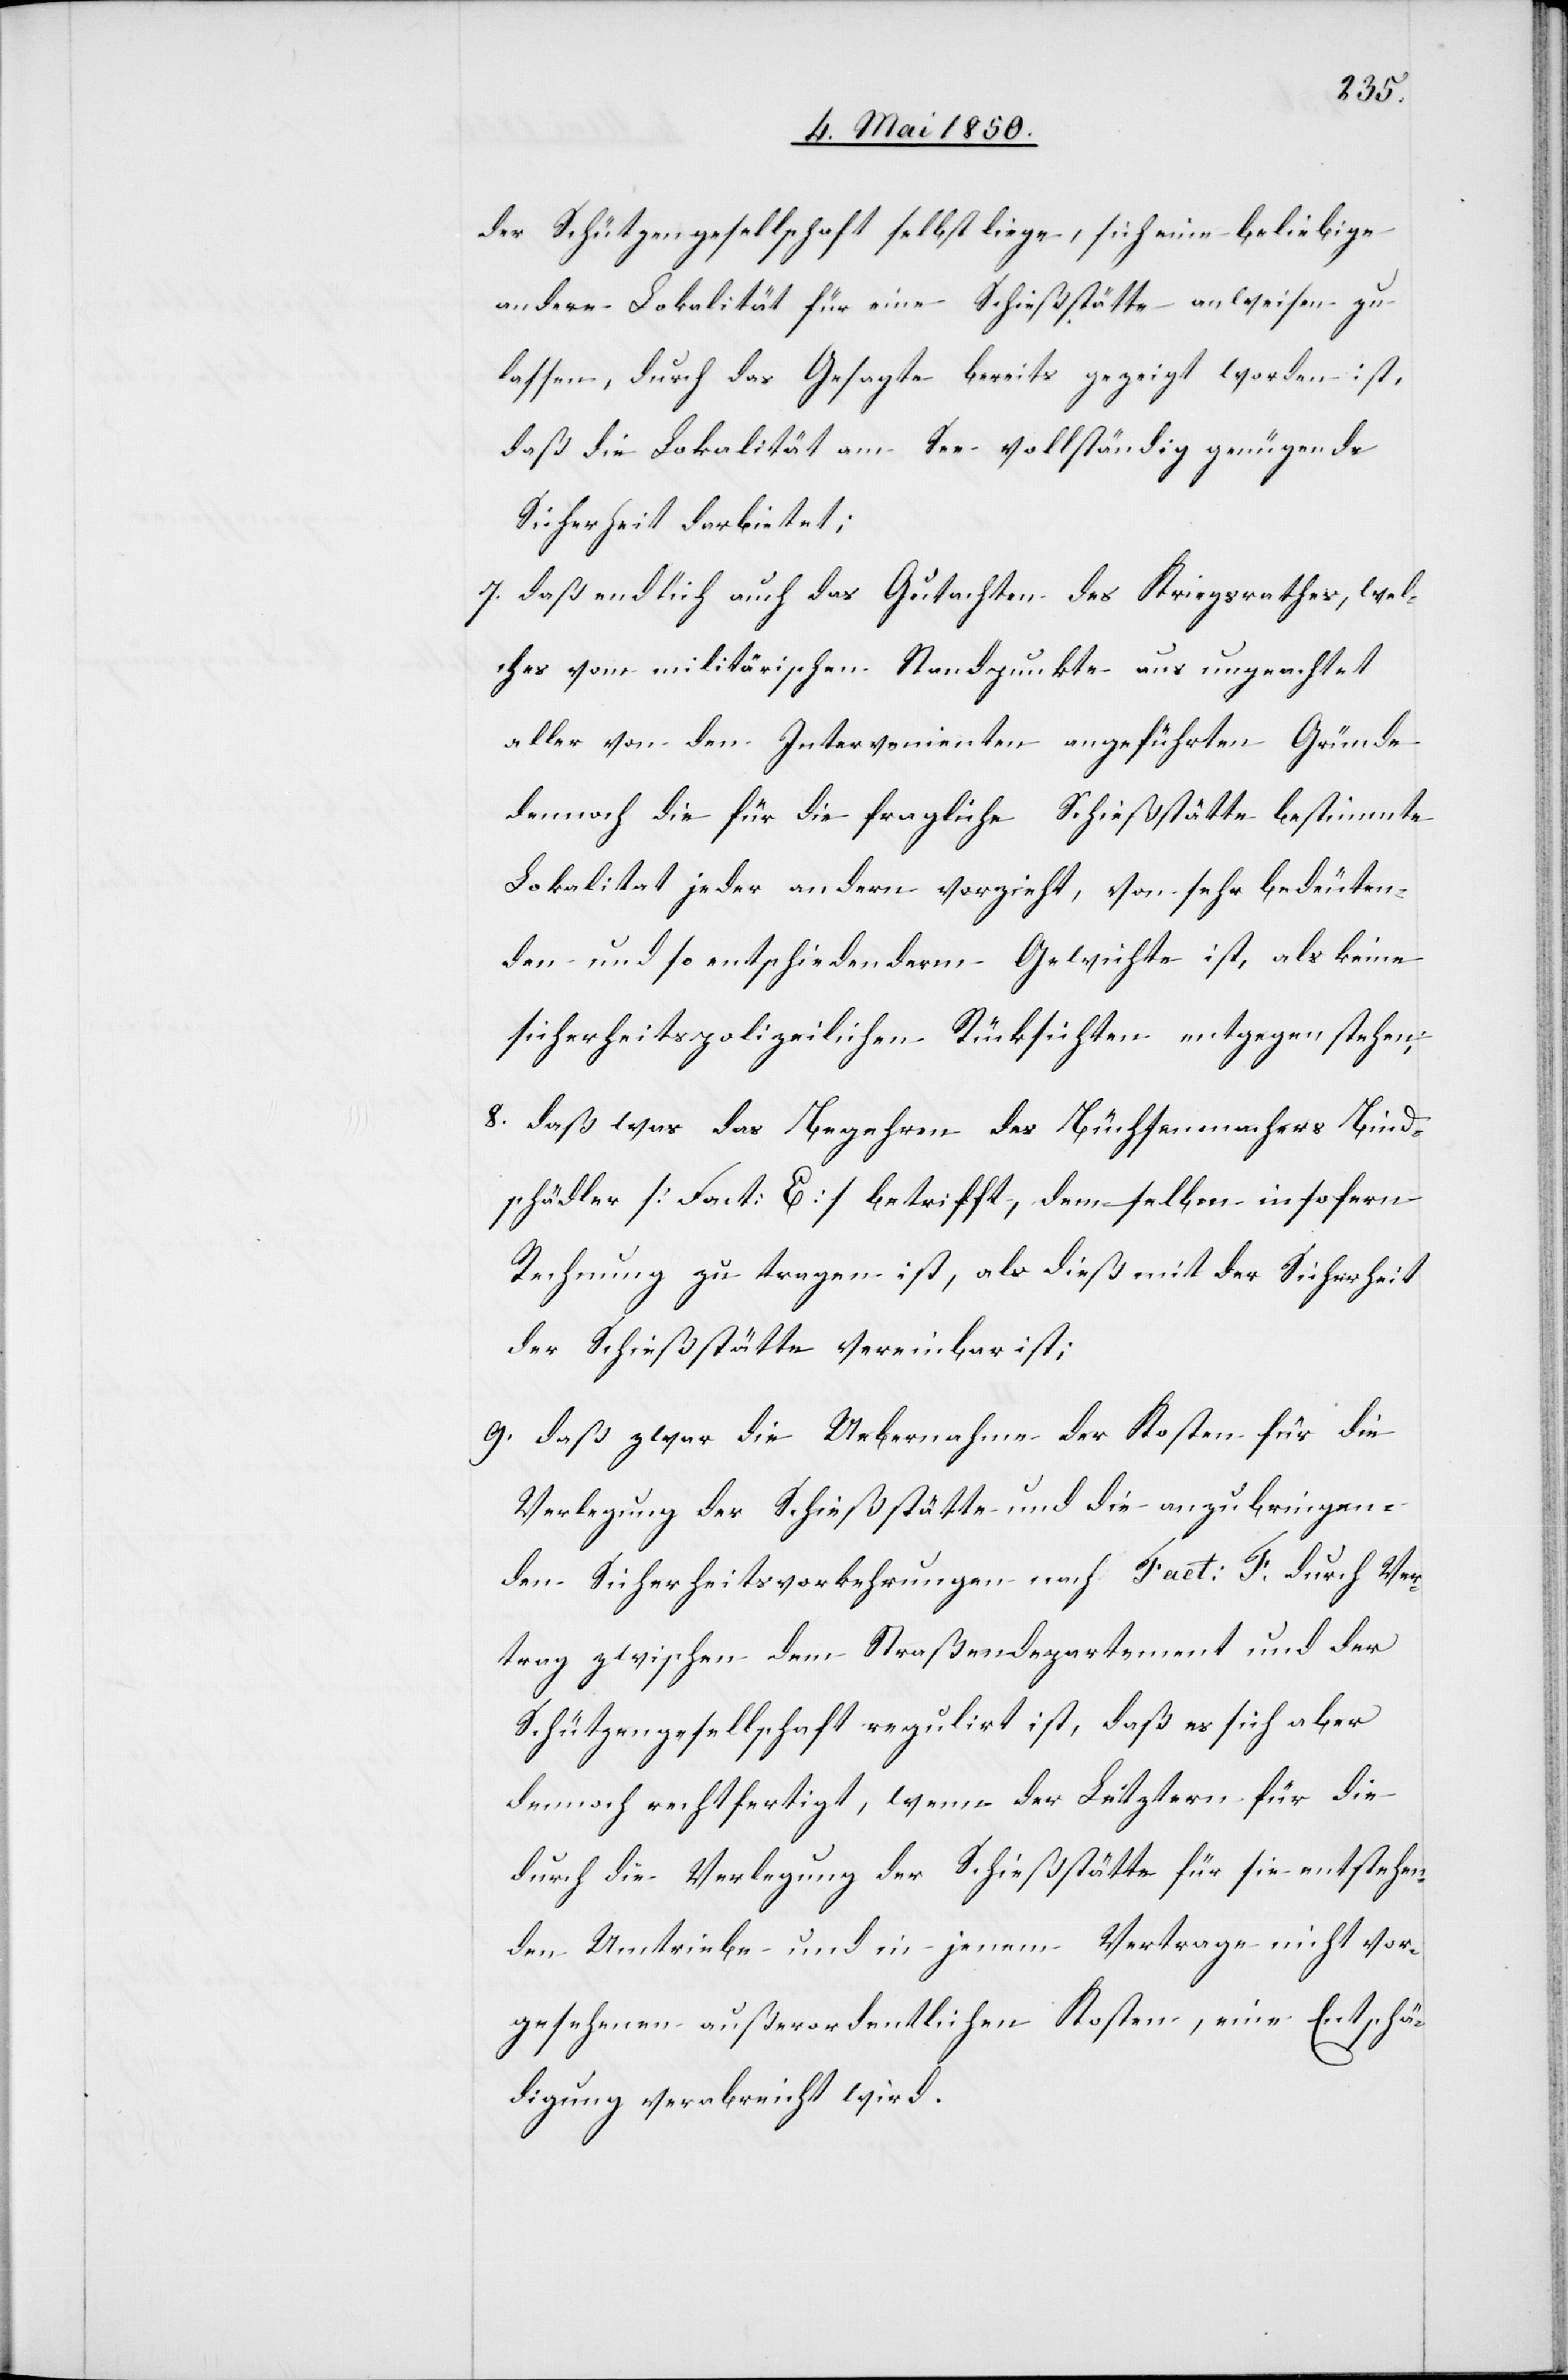
der Schützengesellschaft selbst liege, sich eine beliebige
andere Lokalität für eine Schießstätte anweisen zu
lassen, durch das Gesagte bereits gezeigt worden ist,
daß die Lokalität am See vollständig genügende
Sicherheit darbietet;
7. daß endlich auch das Gutachten des Kriegsrathes, wel¬
ches vom militärischen Standpunkte aus ungeachtet
aller von den Intervenienten angeführten Gründe
dennoch die für die fragliche Schießstätte bestimmte
Lokalitat jeder andern vorzieht, von sehr bedeuten¬
den und so entschiedenderm [sic!] Gewichte ist, als keine
sicherheitspolizeilichen Rücksichten entgegenstehen;
8. daß was das Begehren des Büchsenmachers Bind¬
schädler [Fact: E] betrifft, demselben insofern
Rechnung zu tragen ist, als dieß mit der Sicherheit
der Schießstätte vereinbar ist,
9. daß zwar die Uebernahme der Kosten für die
Verlegung der Schießstätte und die anzubringen¬
den Sicherheitsvorkehrungen nach Fact: F. durch Ver¬
trag zwischen dem Straßendepartement und der
Schützengesellschaft regulirt ist, daß es sich aber
dennoch rechtfertigt, wenn der Letztern für die
durch die Verlegung der Schießstätte für sie entstehen¬
den Umtriebe und in jenem Vertrage nicht vor¬
gesehenen außerordentlichen Kosten, eine Entschä¬
digung verabreicht wird.